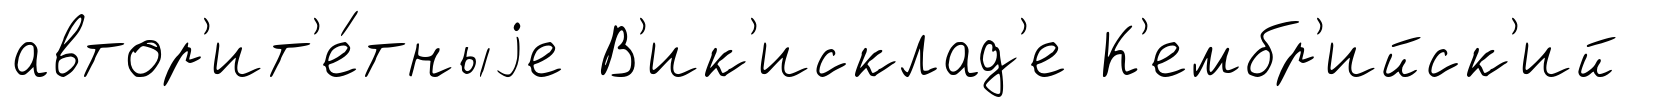
автор'ит'е́тныjе В'ик'исклад'е К'ембр'ийск'ий